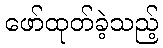
ဖော်ထုတ်ခဲ့သည့်